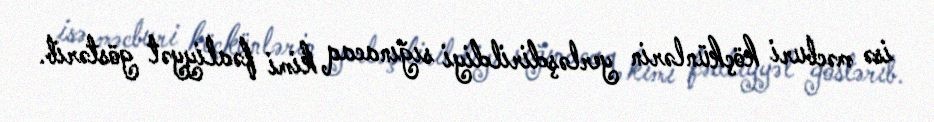
isə məcburi köçkünlərin yerləşdirildiyi sığınacaq kimi fəaliyyət göstərib.